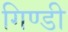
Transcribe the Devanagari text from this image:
गिण्डी